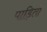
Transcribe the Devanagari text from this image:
पाड़ितों